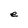
Character: e